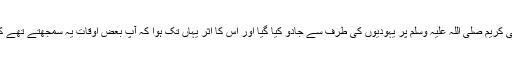
حضرت عائشہ رضی اللہ تعالیٰ عنہا سے روایت ہے کہ نبی کریم صلی اللہ علیہ وسلم پر یہودیوں کی طرف سے جادو کیا گیا اور اس کا اثر یہاں تک ہوا کہ آپؐ بعض اوقات یہ سمجھتے تھے کہ آپؐ نے فلاں کام کیا ہے حالانکہ وہ کام نہیں کیا ہوتا تھا۔